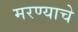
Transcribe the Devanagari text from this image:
मरण्याचे